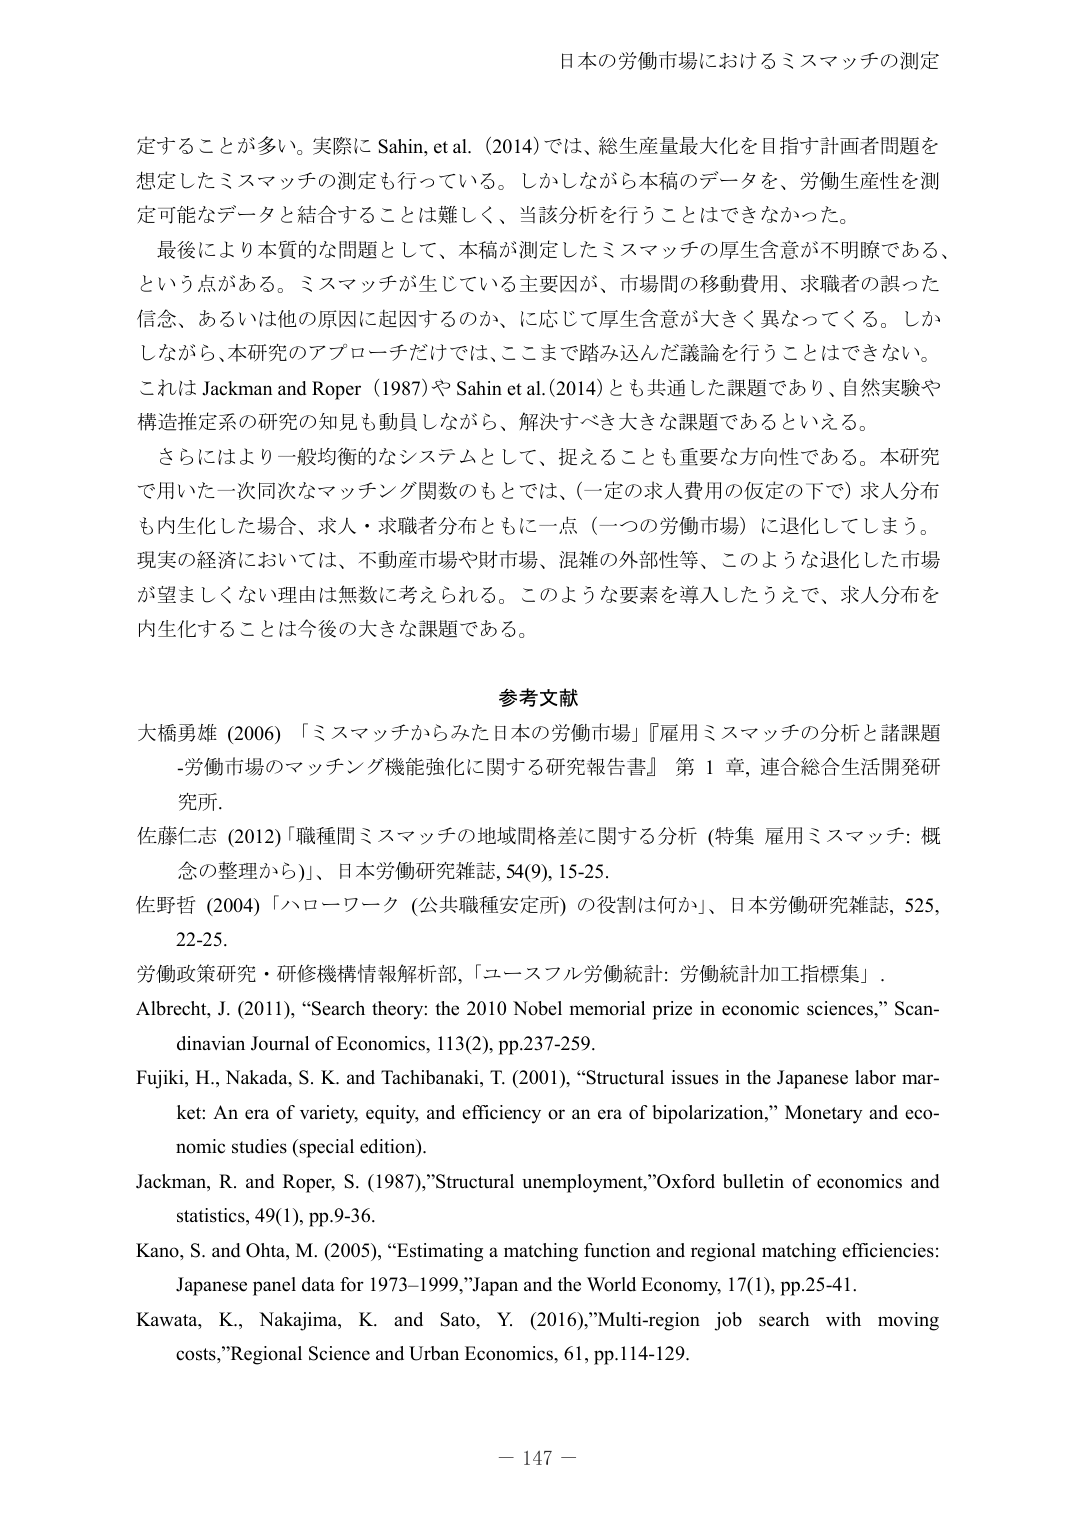
日本の労働市場におけるミスマッチの測定

定することが多い。実際に Sahin, et al. (2014) では、総生産量最大化を目指す計画者問題を想定したミスマッチの測定も行っている。しかしながら本稿のデータを、労働生産性を測定可能なデータと結合することは難しく、当該分析を行うことはできなかった。

最後により本質的な問題として、本稿が測定したミスマッチの厚生含意が不明瞭である、という点がある。ミスマッチが生じている主要因が、市場間の移動費用、求職者の誤った信念、あるいは他の原因に起因するのか、に応じて厚生含意が大きく異なってくる。しかしながら、本研究のアプローチだけでは、ここまで踏み込んだ議論を行うことはできない。これは Jackman and Roper (1987) や Sahin et al. (2014) とも共通した課題であり、自然実験や構造推定系の研究の知見も動員しながら、解決すべき大きな課題であるといえる。

さらにはより一般均衡的なシステムとして、捉えることも重要な方向性である。本研究で用いた一次同次なマッチング関数のもとでは、（一定の求人費用の仮定の下で）求人分布も内生化した場合、求人・求職者分布ともに一点（一つの労働市場）に退化してしまう。現実の経済においては、不動産市場や財市場、混雑の外部性等、このような退化した市場が望ましくない理由は無数に考えられる。このような要素を導入したうえで、求人分布を内生化することは今後大きな課題である。

参考文献

大橋勇雄 (2006) 「ミスマッチからみた日本の労働市場」『雇用ミスマッチの分析と諸課題 -労働市場のマッチング機能強化に関する研究報告書』 第 1 章, 連合総合生活開発研究所.

佐藤仁志 (2012) 「職種間ミスマッチの地域間格差に関する分析 (特集 雇用ミスマッチ: 概念の整理から)」、日本労働研究雑誌, 54(9), 15-25.

佐野哲 (2004) 「ハローワーク (公共職種安定所) の役割は何か」、日本労働研究雑誌, 525, 22-25.

労働政策研究・研修機構情報解析部, 「ユースフル労働統計: 労働統計加工指標集」.

Albrecht, J. (2011), “Search theory: the 2010 Nobel memorial prize in economic sciences,” Scandinavian Journal of Economics, 113(2), pp.237-259.

Fujiki, H., Nakada, S. K. and Tachibanaki, T. (2001), “Structural issues in the Japanese labor market: An era of variety, equity, and efficiency or an era of bipolarization,” Monetary and economic studies (special edition).

Jackman, R. and Roper, S. (1987), “Structural unemployment,” Oxford bulletin of economics and statistics, 49(1), pp.9-36.

Kano, S. and Ohta, M. (2005), “Estimating a matching function and regional matching efficiencies: Japanese panel data for 1973–1999,” Japan and the World Economy, 17(1), pp.25-41.

Kawata, K., Nakajima, K. and Sato, Y. (2016), “Multi-region job search with moving costs,” Regional Science and Urban Economics, 61, pp.114-129.

－ 147 －